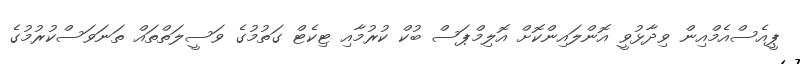
ޕީއެސްއެމްއިން ވިދާޅުވީ އޮންލައިންކޮށް އޮލިމްޕަސް ބުކް ކުރުމާއި ޓިކެޓް ގަތުމުގެ ވަސީލަތްތައް ތަނަވަސްކުރުމުގެ